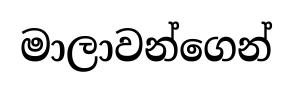
මාලාවන්ගෙන්